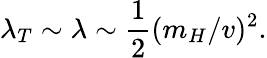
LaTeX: \lambda_{T}\sim\lambda\sim\frac{1}{2}(m_{H}/v)^{2}.